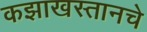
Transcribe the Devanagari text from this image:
कझाखस्तानचे